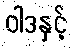
ဝါဒနှင့်